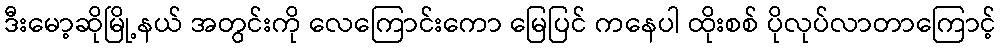
ဒီးမော့ဆိုမြို့နယ် အတွင်းကို လေကြောင်းကော မြေပြင် ကနေပါ ထိုးစစ် ပိုလုပ်လာတာကြောင့်